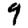
Digit: 9